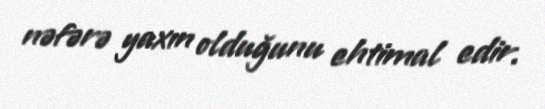
nəfərə yaxın olduğunu ehtimal edir.